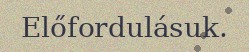
Előfordulásuk.